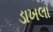
ડાખલા